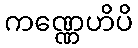
ကဏ္ဏေဟိပိ